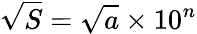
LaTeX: {\sqrt{S}}={\sqrt{a}}\times 10^{n}